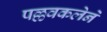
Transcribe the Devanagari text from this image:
पल्लवकलेने